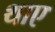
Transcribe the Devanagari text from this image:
थाए